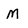
Character: M